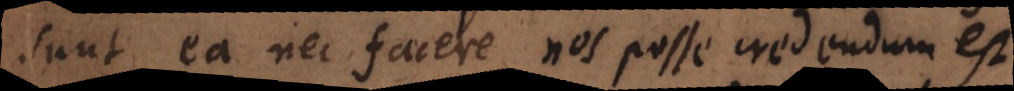
sunt ea nec facere nos posse credendum est